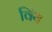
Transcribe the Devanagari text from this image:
विंय